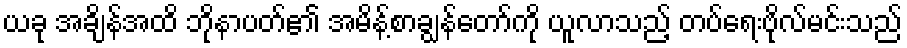
ယခု အချိန်အထိ ဘိုနာပတ်၏ အမိန့်စာချွန်တော်ကို ယူလာသည့် တပ်ရေးဗိုလ်မင်းသည်